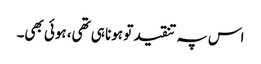
اس پہ تنقید تو ہونا ہی تھی، ہوئی بھی۔